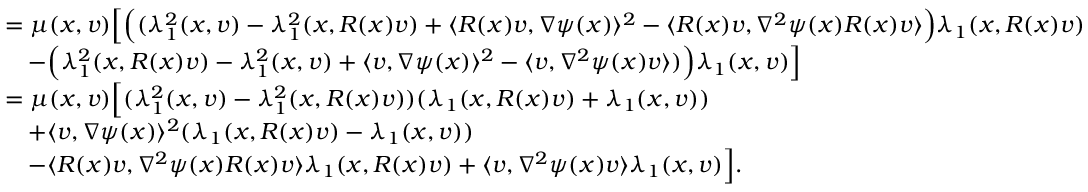
\begin{array} { r l } & { = \mu ( x , v ) \Big [ \Big ( ( \lambda _ { 1 } ^ { 2 } ( x , v ) - \lambda _ { 1 } ^ { 2 } ( x , R ( x ) v ) + \langle R ( x ) v , \nabla \psi ( x ) \rangle ^ { 2 } - \langle R ( x ) v , \nabla ^ { 2 } \psi ( x ) R ( x ) v \rangle \Big ) \lambda _ { 1 } ( x , R ( x ) v ) } \\ & { \quad - \Big ( \lambda _ { 1 } ^ { 2 } ( x , R ( x ) v ) - \lambda _ { 1 } ^ { 2 } ( x , v ) + \langle v , \nabla \psi ( x ) \rangle ^ { 2 } - \langle v , \nabla ^ { 2 } \psi ( x ) v \rangle ) \Big ) \lambda _ { 1 } ( x , v ) \Big ] } \\ & { = \mu ( x , v ) \Big [ ( \lambda _ { 1 } ^ { 2 } ( x , v ) - \lambda _ { 1 } ^ { 2 } ( x , R ( x ) v ) ) ( \lambda _ { 1 } ( x , R ( x ) v ) + \lambda _ { 1 } ( x , v ) ) } \\ & { \quad + \langle v , \nabla \psi ( x ) \rangle ^ { 2 } ( \lambda _ { 1 } ( x , R ( x ) v ) - \lambda _ { 1 } ( x , v ) ) } \\ & { \quad - \langle R ( x ) v , \nabla ^ { 2 } \psi ( x ) R ( x ) v \rangle \lambda _ { 1 } ( x , R ( x ) v ) + \langle v , \nabla ^ { 2 } \psi ( x ) v \rangle \lambda _ { 1 } ( x , v ) \Big ] . } \end{array}